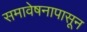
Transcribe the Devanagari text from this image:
समावेषनापासून